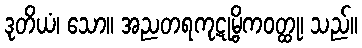
ဒုတိယံ၊ သော။ အညတရကုဋုမ္ဗိကဝတ္ထု၊ သည်။